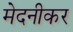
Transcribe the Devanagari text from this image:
मेदनीकर